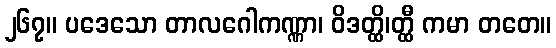
၂၆၇။ ပဒေသော တာလဂေါကဏ္ဏာ၊ ဝိဒတ္ထိ၊တ္ထီ ကမာ တတေ။